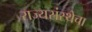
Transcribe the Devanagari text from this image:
राज्यसंस्थेचा